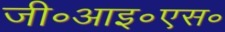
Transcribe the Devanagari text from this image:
जी॰आइ॰एस॰